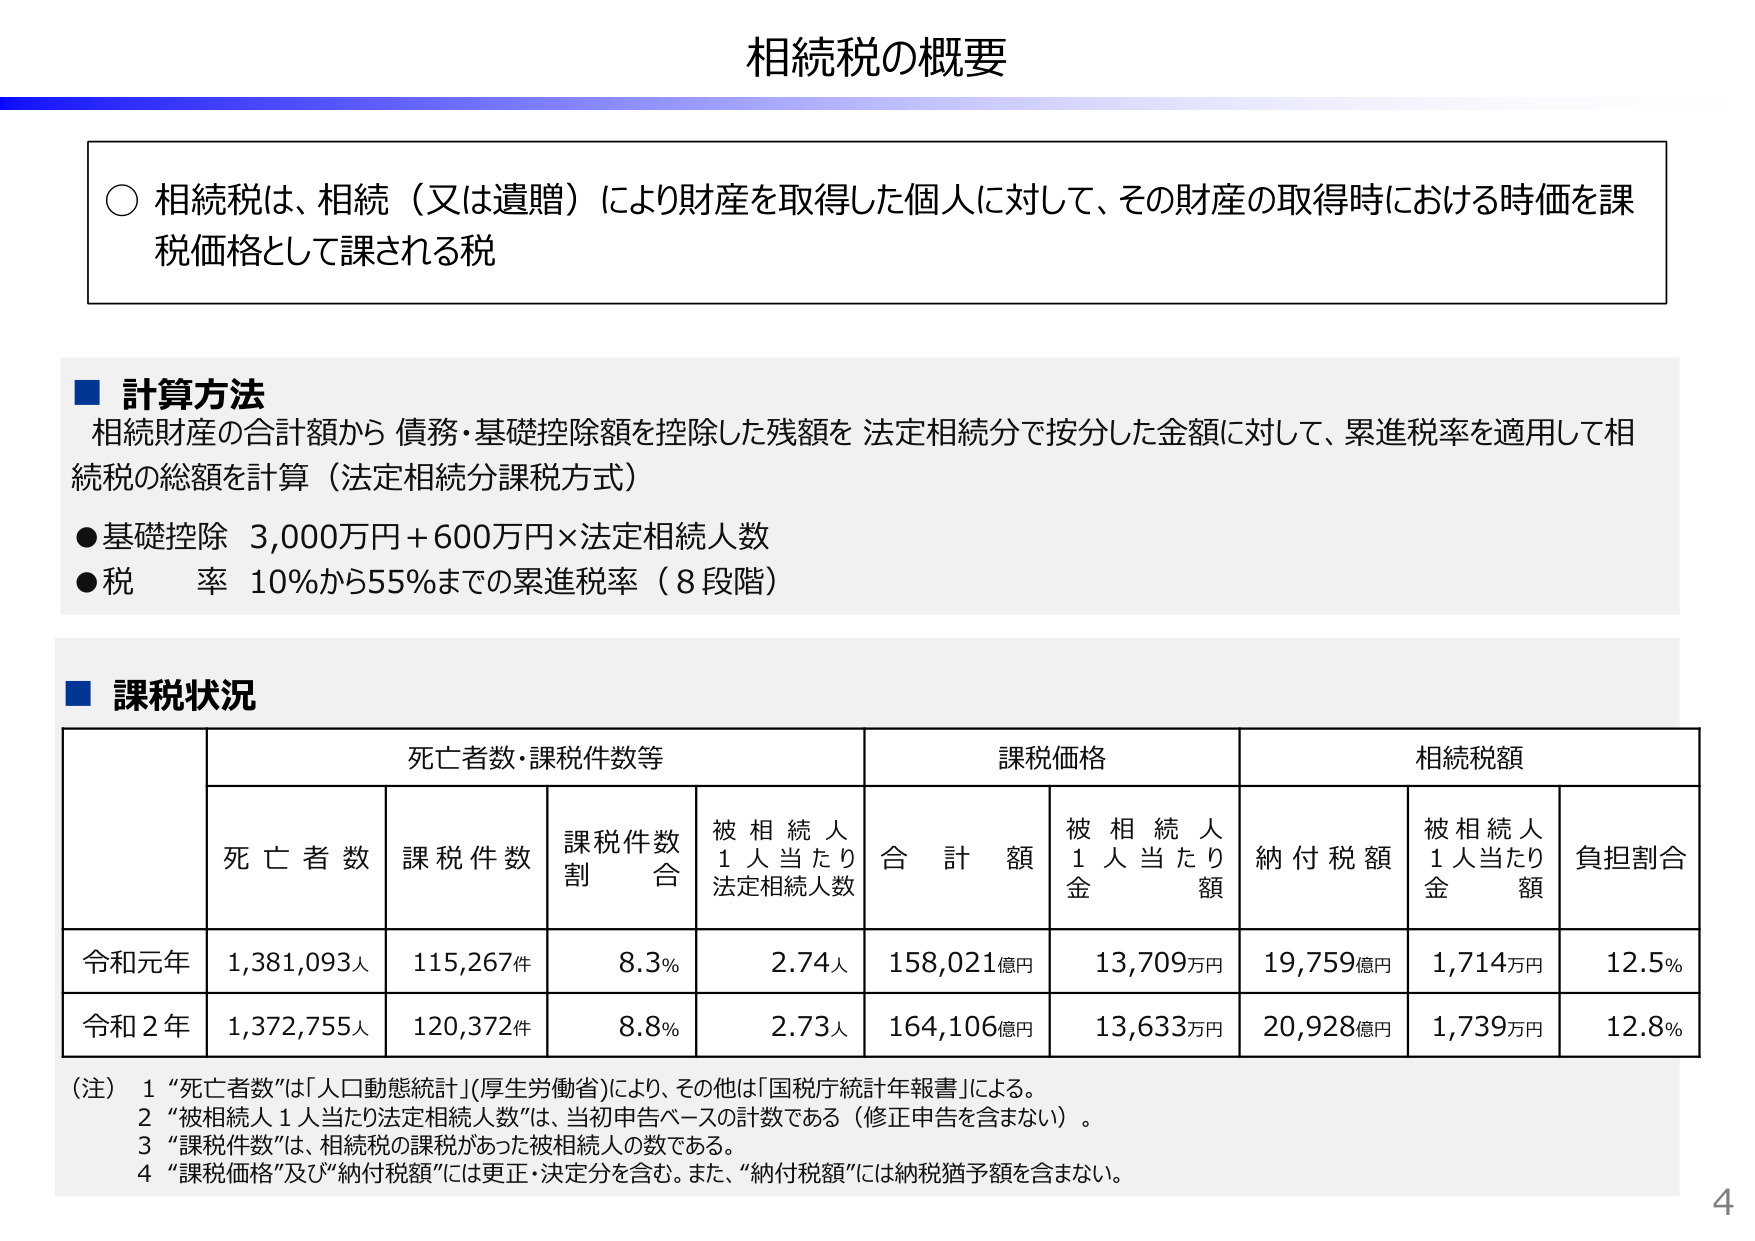
相続税の概要

○ 相続税は、相続（又は遺贈）により財産を取得した個人に対して、その財産の取得時における時価を課税価格として課される税

■ 計算方法
相続財産の合計額から 債務・基礎控除額を控除した残額を 法定相続分で按分した金額に対して、累進税率を適用して相続税の総額を計算（法定相続分課税方式）
● 基礎控除 3,000万円＋600万円×法定相続人数
● 税 率 10％から55％までの累進税率（8段階）

■ 課税状況

| | 死亡者数・課税件数等 | | | 課税価格 | | 相続税額 | | |
|---|---|---|---|---|---|---|---|---|
| | 死亡者数 | 課税件数 | 課税件数割合 | 被相続人1人当たり法定相続人数 | 合計額 | 被相続人1人当たり金額 | 納付税額 | 被相続人1人当たり金額 | 負担割合 |
| 令和元年 | 1,381,093人 | 115,267件 | 8.3％ | 2.74人 | 158,021億円 | 13,709万円 | 19,759億円 | 1,714万円 | 12.5％ |
| 令和2年 | 1,372,755人 | 120,372件 | 8.8％ | 2.73人 | 164,106億円 | 13,633万円 | 20,928億円 | 1,739万円 | 12.8％ |

（注）1 “死亡者数”は「人口動態統計」（厚生労働省）により、その他は「国税庁統計年報書」による。
2 “被相続人1人当たり法定相続人数”は、当初申告ベースの計数である（修正申告を含まない）。
3 “課税件数”は、相続税の課税があった被相続人の数である。
4 “課税価格”及び“納付税額”には更正・決定分を含む。また、“納付税額”には納税猶予額を含まない。

4